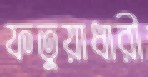
ফতুয়াধারী